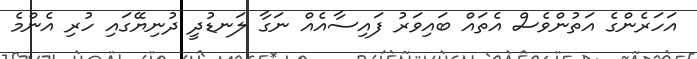
އަހަރެންގެ އަތުންވެސް އެތައް ބައިވަރު ފައިސާއެއް ނަގާ ލަނޑުދީ ދުނިޔޭގައި ހުރި އެންމެ